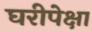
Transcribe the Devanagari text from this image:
घरीपेक्षा